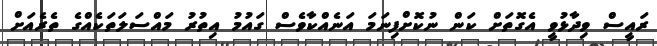
ރައީސް ވިދާޅުވީ އެގޮތަށް ކަން ނުކޮށްފިނަމަ އަނެއްކާވެސް ގައުމު އިތުރު މައްސަލަތަކެއްގެ ތެރެއަށް